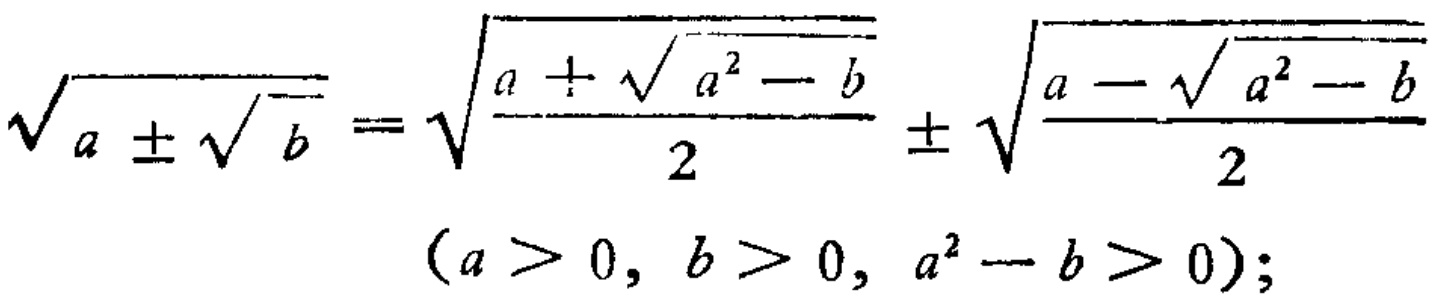
\(\sqrt{a\pm\sqrt{b}}=\sqrt{\frac{a + \sqrt{a^{2}-b}}{2}}\pm\sqrt{\frac{a - \sqrt{a^{2}-b}}{2}}\)

\((a > 0, b > 0, a^{2}-b > 0);\)